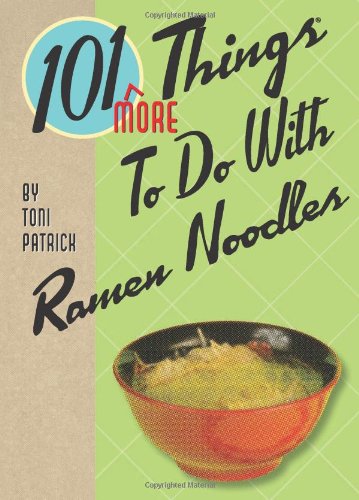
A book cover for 101 More Things to Do With Ramen Noodles; Toni Patrick; Cookbooks, Food & Wine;